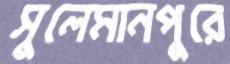
সুলেমানপুরে